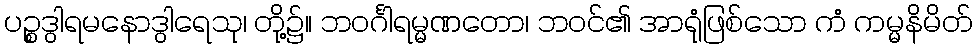
ပဉ္စဒွါရမနောဒွါရေသု၊ တို့၌။ ဘဝင်္ဂါရမ္မဏတော၊ ဘဝင်၏ အာရုံဖြစ်သော ကံ ကမ္မနိမိတ်